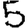
Digit: 5